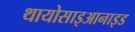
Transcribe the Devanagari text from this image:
थायोसाइआनाइड